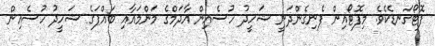
ފޮޓޯގަނޑެކެވެ. މިފޮޓޯއިން ފެނިގެންދަނީ ޝަހީދު ހުސެއިން އާދަމްގެ މަންމައާއި ބައްޕަގެ ޝަހީދު ހުސެއިން